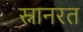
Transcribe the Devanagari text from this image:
स्नानरत